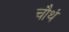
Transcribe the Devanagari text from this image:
चौथं